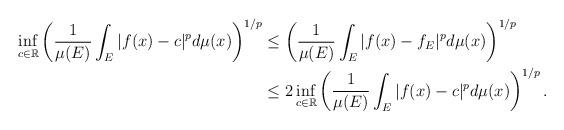
LaTeX: \begin{align*}\inf_{c\in \mathbb{R}}\left(\frac{1}{\mu(E)}\int_E |f(x)-c|^pd\mu(x)\right)^{1/p}&\leq\left(\frac{1}{\mu(E)}\int_E |f(x)-f_E|^pd\mu(x)\right)^{1/p}\\&\leq 2\inf_{c\in \mathbb{R}}\left(\frac{1}{\mu(E)}\int_E |f(x)-c|^pd\mu(x)\right)^{1/p}.\end{align*}